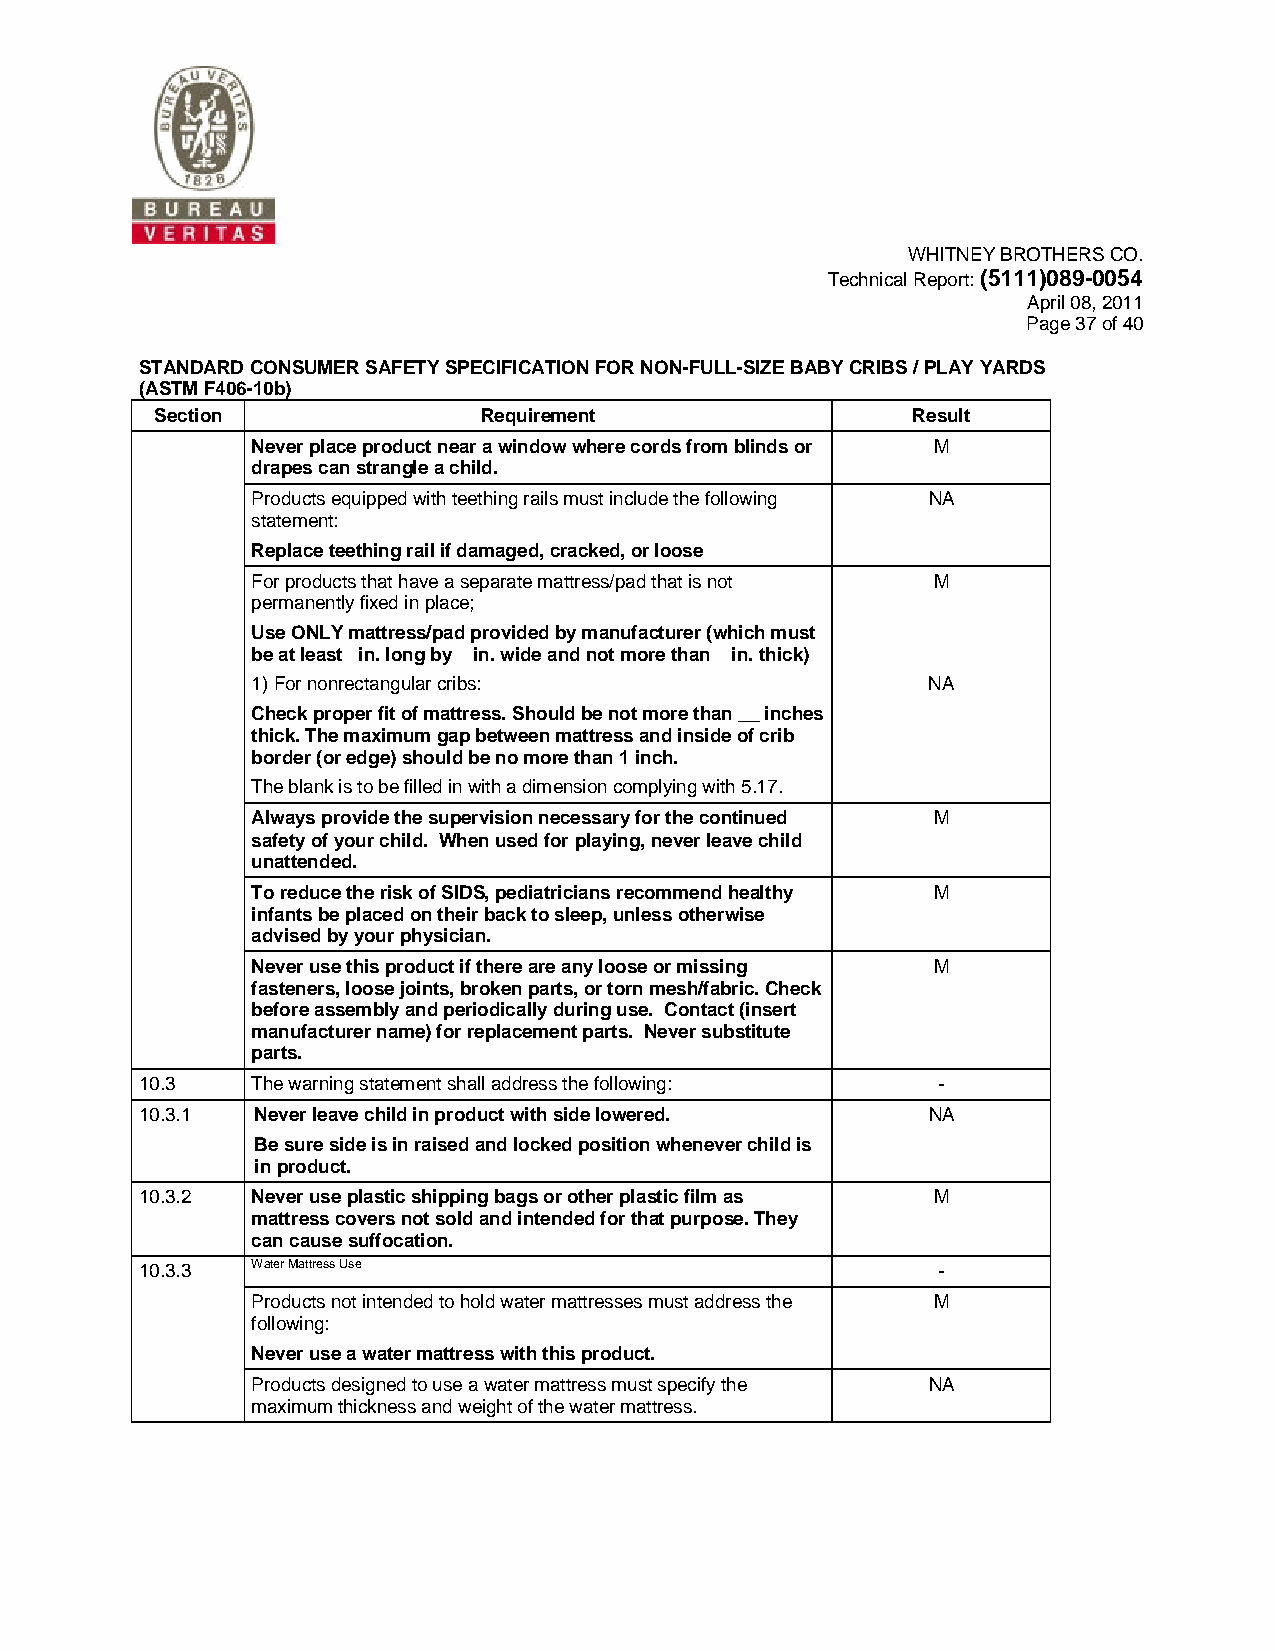
WHITNEY BROTHERS CO.
 Technical Report: (5111)089-0054
 April 08, 2011
 Page 37 of 40
 STANDARD CONSUMER SAFETY SPECIFICATION FOR NON-FULL-SIZE BABY CRIBS / PLAY YARDS
 (ASTM F406-10b)
 Section               Requirement                 Result
 Never place product near a window where cords from blinds or M
 drapes can strangle a child.
 Products equipped with teething rails must include the following NA
 statement:
 Replace teething rail if damaged, cracked, or loose
 For products that have a separate mattress/pad that is not M
 permanently fixed in place;
 Use ONLY mattress/pad provided by manufacturer (which must
 be at least in. long by in. wide and not more than in. thick)
 1) For nonrectangular cribs:                NA
 Check proper fit of mattress. Should be not more than __ inches
 thick. The maximum gap between mattress and inside of crib
 border (or edge) should be no more than 1 inch.
 The blank is to be filled in with a dimension complying with 5.17.
 Always provide the supervision necessary for the continued M
 safety of your child. When used for playing, never leave child
 unattended.
 To reduce the risk of SIDS, pediatricians recommend healthy M
 infants be placed on their back to sleep, unless otherwise
 advised by your physician.
 Never use this product if there are any loose or missing M
 fasteners, loose joints, broken parts, or torn mesh/fabric. Check
 before assembly and periodically during use. Contact (insert
 manufacturer name) for replacement parts. Never substitute
 parts.
 10.3    The warning statement shall address the following: -
 10.3.1  Never leave child in product with side lowered. NA
 Be sure side is in raised and locked position whenever child is
 in product.
 10.3.2  Never use plastic shipping bags or other plastic film as M
 mattress covers not sold and intended for that purpose. They
 can cause suffocation.
 10.3.3  Water Mattress Use                           -
 Products not intended to hold water mattresses must address the M
 following:
 Never use a water mattress with this product.
 Products designed to use a water mattress must specify the NA
 maximum thickness and weight of the water mattress.